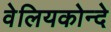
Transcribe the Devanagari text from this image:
वेलियकोन्दे